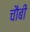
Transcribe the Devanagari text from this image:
चौबीं